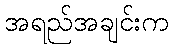
အရည်အချင်းက